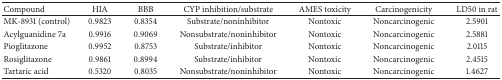
| Compound | HIA | BBB | CYP inhibition/substrate | AMES toxicity | Carcinogenicity | LD50 in rat |
 | --- | --- | --- | --- | --- | --- | --- |
 | MK-8931 (control) | 0.9823 | 0.8354 | Substrate/noninhibitor | Nontoxic | Noncarcinogenic | 2.5901 |
 | Acylguanidine 7a | 0.9916 | 0.9069 | Nonsubstrate/noninhibitor | Nontoxic | Noncarcinogenic | 2.5881 |
 | Pioglitazone | 0.9952 | 0.8753 | Substrate/inhibitor | Nontoxic | Noncarcinogenic | 2.0115 |
 | Rosiglitazone | 0.9861 | 0.8994 | Substrate/inhibitor | Nontoxic | Noncarcinogenic | 2.4515 |
 | Tartaric acid | 0.5320 | 0.8035 | Nonsubstrate/noninhibitor | Nontoxic | Noncarcinogenic | 1.4627 |